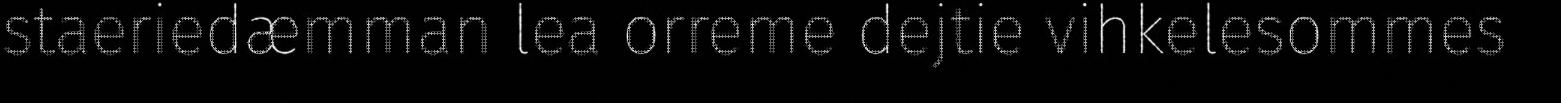
staeriedæmman lea orreme dejtie vihkelesommes